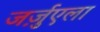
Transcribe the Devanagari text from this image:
जर्ज़ुएला